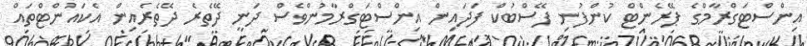
އިންސްޓަގްރާމްގެ ޕޭރެންޓް ކުންފުނި ފޭސްބުކް ފަދައިން އިންސްޓަގްރާމުންވެސް ދަނީ ދޭތެރެ ދޭތެރެއިން އެކައުންޓްތައް